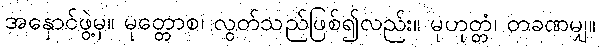
အနှောင်ဖွဲ့မှ။ မုတ္တောစ၊ လွတ်သည်ဖြစ်၍လည်း။ မုဟုတ္တံ၊ တခဏမျှ။